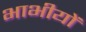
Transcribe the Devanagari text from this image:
भाभीयों